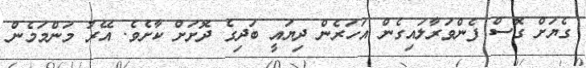
ގެޔަށް ގޮސް ފެންވަރާލައިގެން އަހަރެން ދިޔައީ ބަދިގެ ދޮށަށް ކާށެވެ. އޭރު މަންމަމެން